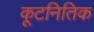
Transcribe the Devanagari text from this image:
कूटनितिक